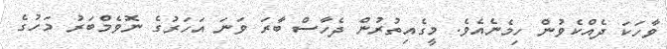
ވާހަކަ ދެއްކެވުން ހިމެނެއެވެ. މީގެއިތުރުން ދެހާސް ބާރަ ވަނަ އަހަރުގެ ނޮވެމްބަރު މަހުގެ